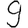
Digit: 9